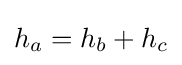
h_{a}=h_{b}+h_{c}